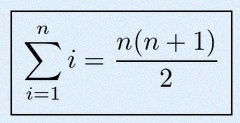
\sum_{i=1}^{n}i=\frac{n(n+1)}2